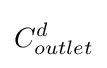
C_{outlet}^{d}